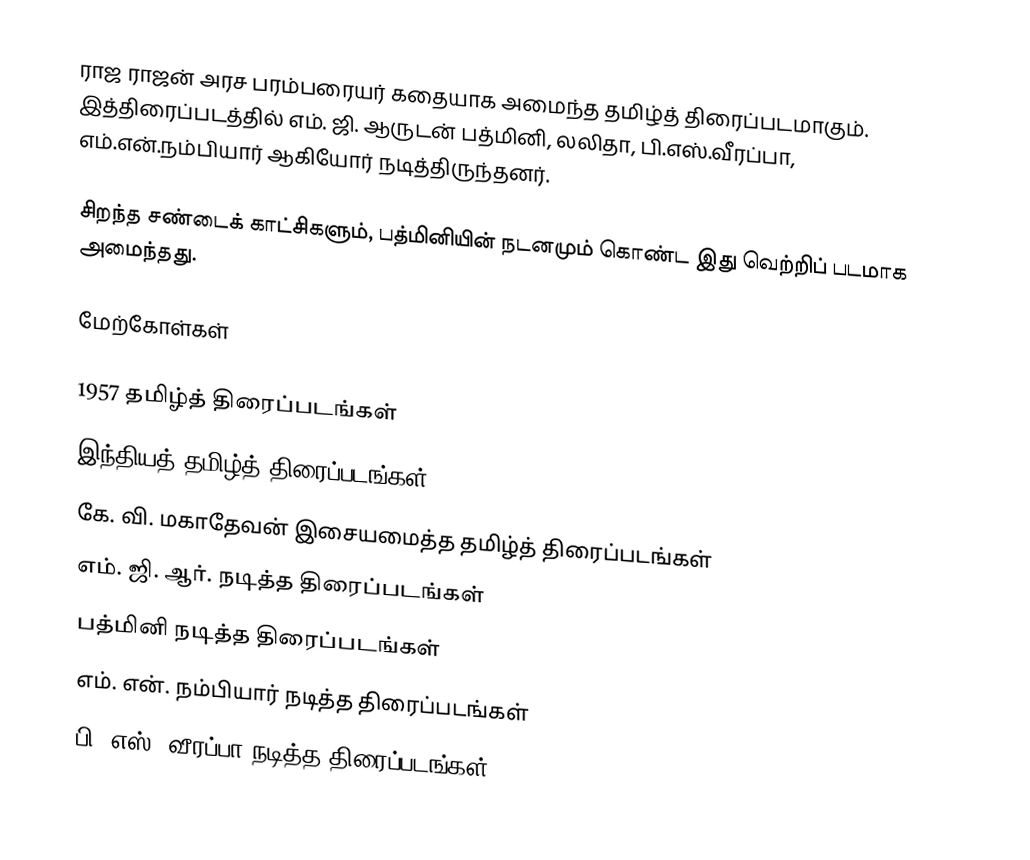
ராஜ ராஜன் அரச பரம்பரையர் கதையாக அமைந்த தமிழ்த் திரைப்படமாகும். இத்திரைப்படத்தில் எம். ஜி. ஆருடன் பத்மினி, லலிதா, பி.எஸ்.வீரப்பா, எம்.என்.நம்பியார் ஆகியோர் நடித்திருந்தனர்.

சிறந்த சண்டைக் காட்சிகளும், பத்மினியின் நடனமும் கொண்ட இது வெற்றிப் படமாக அமைந்தது.

மேற்கோள்கள்

1957 தமிழ்த் திரைப்படங்கள்
இந்தியத் தமிழ்த் திரைப்படங்கள்
கே. வி. மகாதேவன் இசையமைத்த தமிழ்த் திரைப்படங்கள்
எம். ஜி. ஆர். நடித்த திரைப்படங்கள்
பத்மினி நடித்த திரைப்படங்கள்
எம். என். நம்பியார் நடித்த திரைப்படங்கள்
பி. எஸ். வீரப்பா நடித்த திரைப்படங்கள்